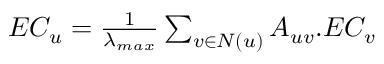
\begin{array} { r } { E C _ { u } = \frac { 1 } { \lambda _ { m a x } } \sum _ { v \in N ( u ) } A _ { u v } . E C _ { v } } \end{array}